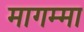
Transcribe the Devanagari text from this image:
मागम्मा